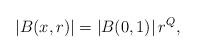
LaTeX: \begin{align*}\left\vert B(x,r)\right\vert =\left\vert B(0,1)\right\vert r^{Q},\end{align*}